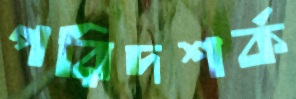
পরিদশর্ক